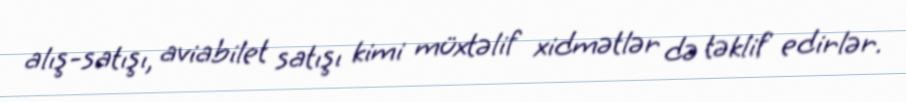
alış-satışı, aviabilet satışı kimi müxtəlif xidmətlər də təklif edirlər.